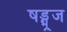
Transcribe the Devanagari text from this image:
षड्भूज